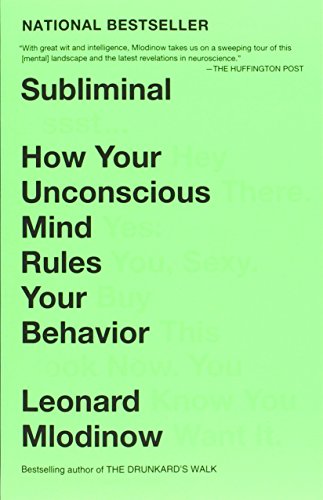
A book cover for Subliminal: How Your Unconscious Mind Rules Your Behavior; Leonard Mlodinow; Self-Help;